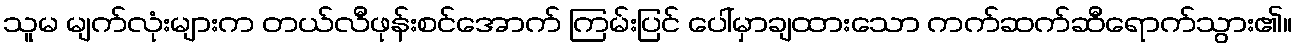
သူမ မျက်လုံးများက တယ်လီဖုန်းစင်အောက် ကြမ်းပြင် ပေါ်မှာချထားသော ကက်ဆက်ဆီရောက်သွား၏။